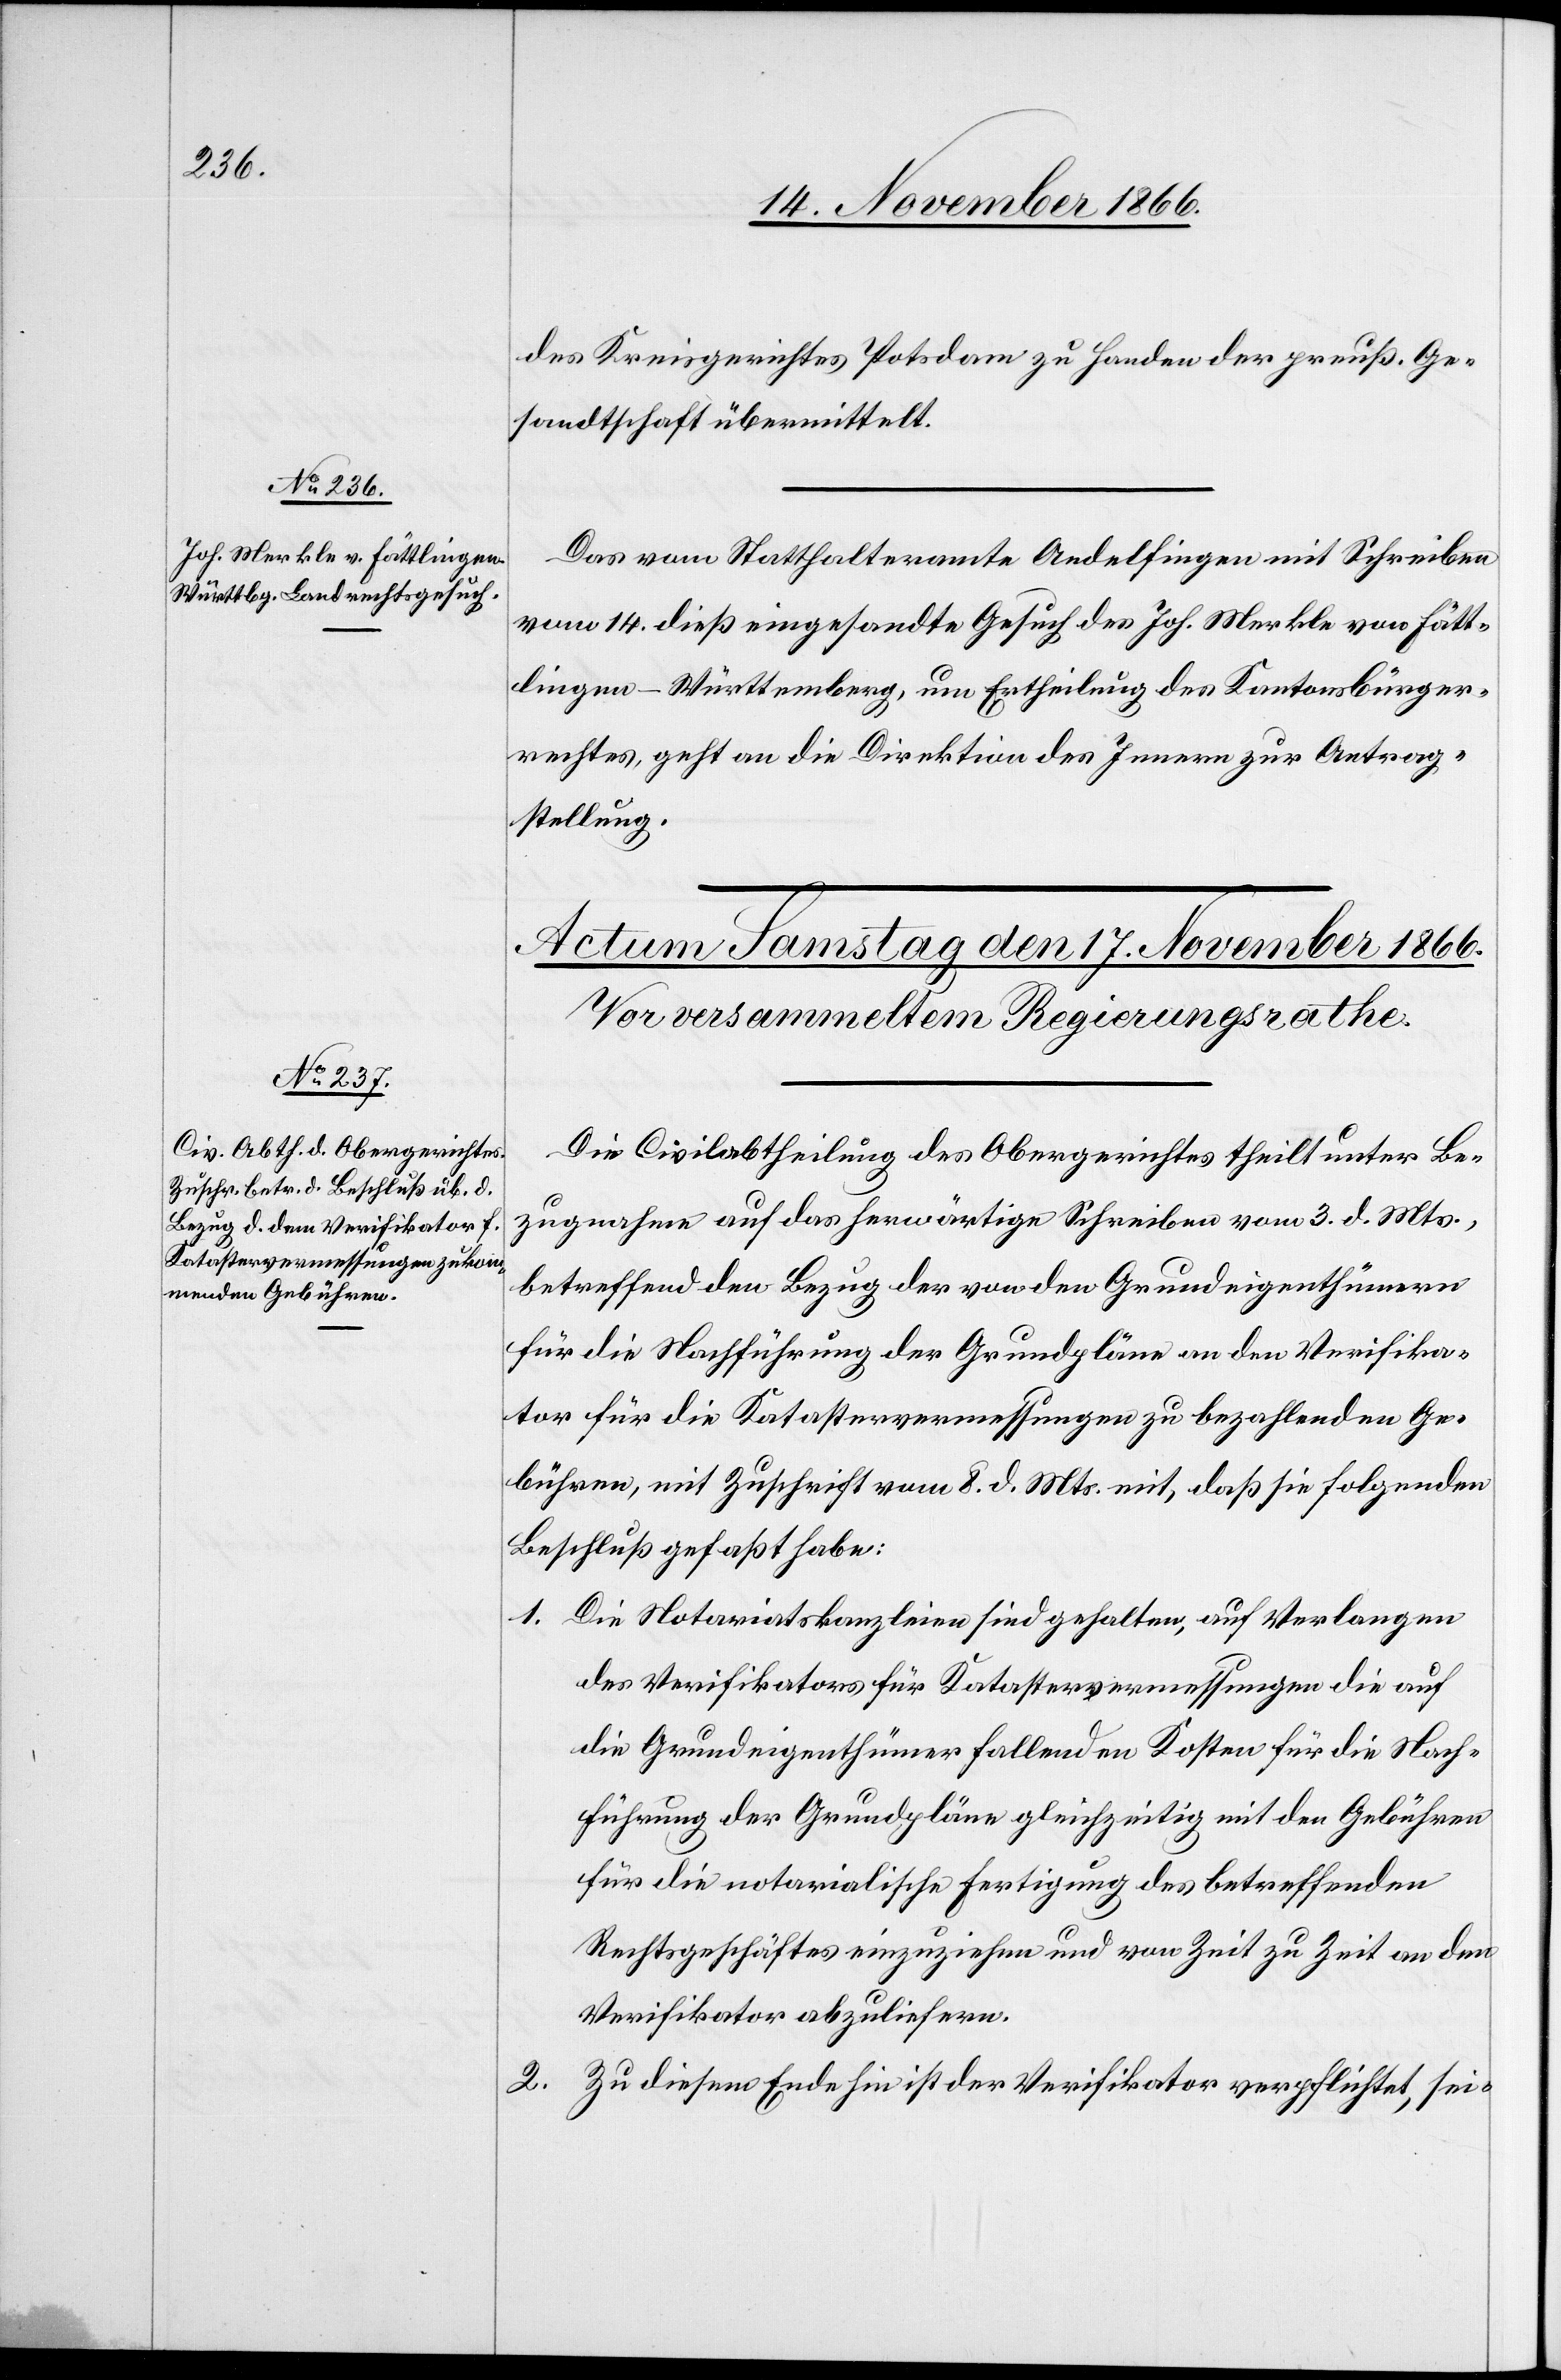
16. November 1866.]
des Kreisgerichtes Potsdam zu Handen der preuß. Ge¬
sandtschaft übermittelt.
Das vom Statthalteramte Andelfingen mit Schreiben
vom 14. dieß eingesandte Gesuch des Joh. Merkle von Fätt¬
lingen - Württemberg, um Ertheilung des Kantonsbürger¬
rechtes, geht an die Direktion des Innern zur Antrag¬
stellung.
Die Civilabtheilung des Obergerichtes theilt unter Be¬
zugnahme auf das herwärtige Schreiben vom 3. d. Mts.,
betreffend den Bezug der von den Grundeigenthümern
für die Nachführung der Grundpläne an den Verifika¬
tor für die Katastervermessungen zu bezahlenden Ge¬
bühren, mit Zuschrift vom 8. d. Mts. mit, daß sie folgenden
Beschluß gefaßt habe:
1. Die Notariatskanzleien sind gehalten, auf Verlangen
des Verifikators für Katastervermessungen die auf
die Grundeigenthümer fallenden Kosten für die Nach¬
führung der Grundpläne gleichzeitig mit den Gebühren
für die notarialische Fertigung des betreffenden
Rechtsgeschäftes einzuziehen und von Zeit zu Zeit an den
Verifikator abzuliefern.
2. Zu diesem Ende hin ist der Verifikator verpflichtet, sei-